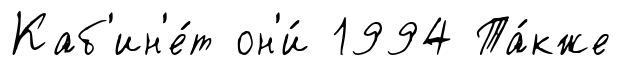
Каб'ин'е́т он'и́ 1994 Та́кже